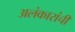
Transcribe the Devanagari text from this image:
अलंकारांची